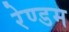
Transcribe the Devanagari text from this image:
रेण्डम